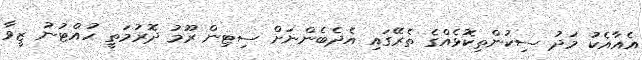
އެއާއެކު މަދު ސިކުންތިކޮޅެއްގެ ތެރޭގައި އެދެބެންނަށް ސިޓިން ރޫމު ދޮރުމަތީ ހުއްޓުނު ޒީވާ